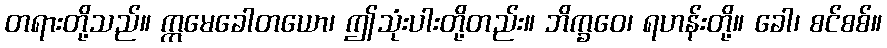
တရားတို့သည်။ ဣမေခေါတယော၊ ဤသုံးပါးတို့တည်း။ ဘိက္ခဝေ၊ ရဟန်းတို့။ ခေါ၊ စင်စစ်။